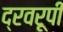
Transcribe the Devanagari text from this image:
द्रवरूपी